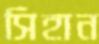
সিহান